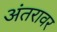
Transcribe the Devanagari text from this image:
अंतरावर